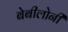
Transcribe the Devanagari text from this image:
बेबीलोनी